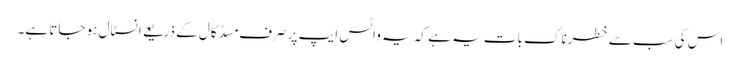
اس کی سب سے خطرناک بات یہ ہے کہ یہ واٹس ایپ پر صرف مسڈ کال کے ذریعے انسٹال ہو جاتا ہے۔